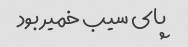
پای سیب خمیر بود